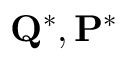
{ \bf Q ^ { * } } , { \bf P ^ { * } }